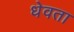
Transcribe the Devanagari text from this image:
धेवता